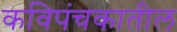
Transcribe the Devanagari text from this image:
कविपंचकातील